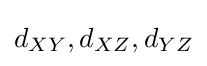
d_{XY},d_{XZ},d_{YZ}